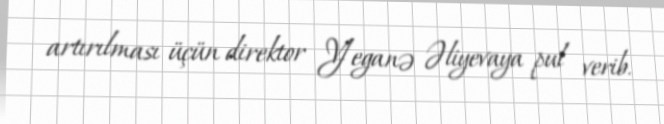
artırılması üçün direktor Yeganə Əliyevaya pul verib.